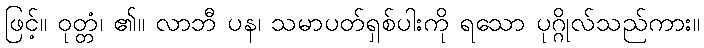
ဖြင့်။ ဝုတ္တံ၊ ၏။ လာဘီ ပန၊ သမာပတ်ရှစ်ပါးကို ရသော ပုဂ္ဂိုလ်သည်ကား။